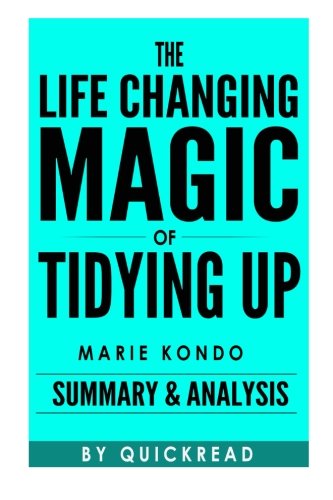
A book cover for The Life-Changing Magic of Tidying Up: The Japanese Art of Decluttering and Organizing by Marie Kondo | Summary & Analysis; Quick Read; Crafts, Hobbies & Home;